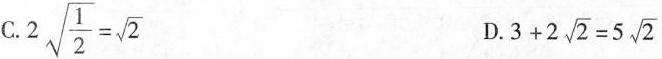
C. $$2 \sqrt{\frac{1}{2}}= \sqrt{2}$$ D. $$3+2 \sqrt{2}=5 \sqrt{2}$$